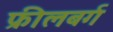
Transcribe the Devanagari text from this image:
फ्रीलबर्ग